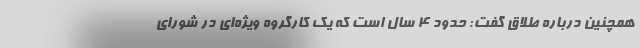
همچنین درباره طلاق گفت: حدود ۴ سال است که یک کارگروه ویژه‌ای در شورای